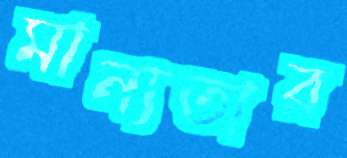
মান্যতার